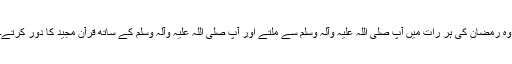
وہ رمضان کی ہر رات میں آپ صلی اللہ علیہ وآلہ وسلم سے ملتے اور آپ صلی اللہ علیہ وآلہ وسلم کے ساتھ قرآن مجید کا دور کرتے۔